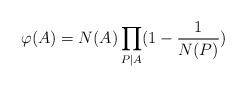
LaTeX: \begin{align*}\varphi(A)=N(A)\prod_{P | A}(1-\frac{1}{ N(P)})\end{align*}